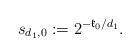
LaTeX: \begin{align*} s_{d_{1}, 0}:=2^{-\mathfrak{k}_0/d_{1}}.\end{align*}